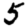
Digit: 5